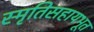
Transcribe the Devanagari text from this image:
स्मृतिसहायभूत